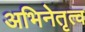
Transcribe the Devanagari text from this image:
अभिनेतृत्व